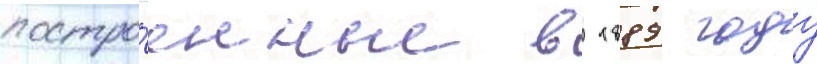
постро́енные в 1889 году